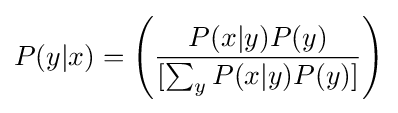
P(y|x)=\left({\frac {P(x|y)P(y)}{[\textstyle \sum _{y}P(x|y)P(y)\displaystyle ]}}\right)